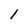
Character: l